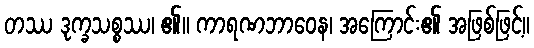
တဿ ဒုက္ခသစ္စဿ၊ ၏။ ကာရဏဘာဝေန၊ အကြောင်း၏ အဖြစ်ဖြင့်။